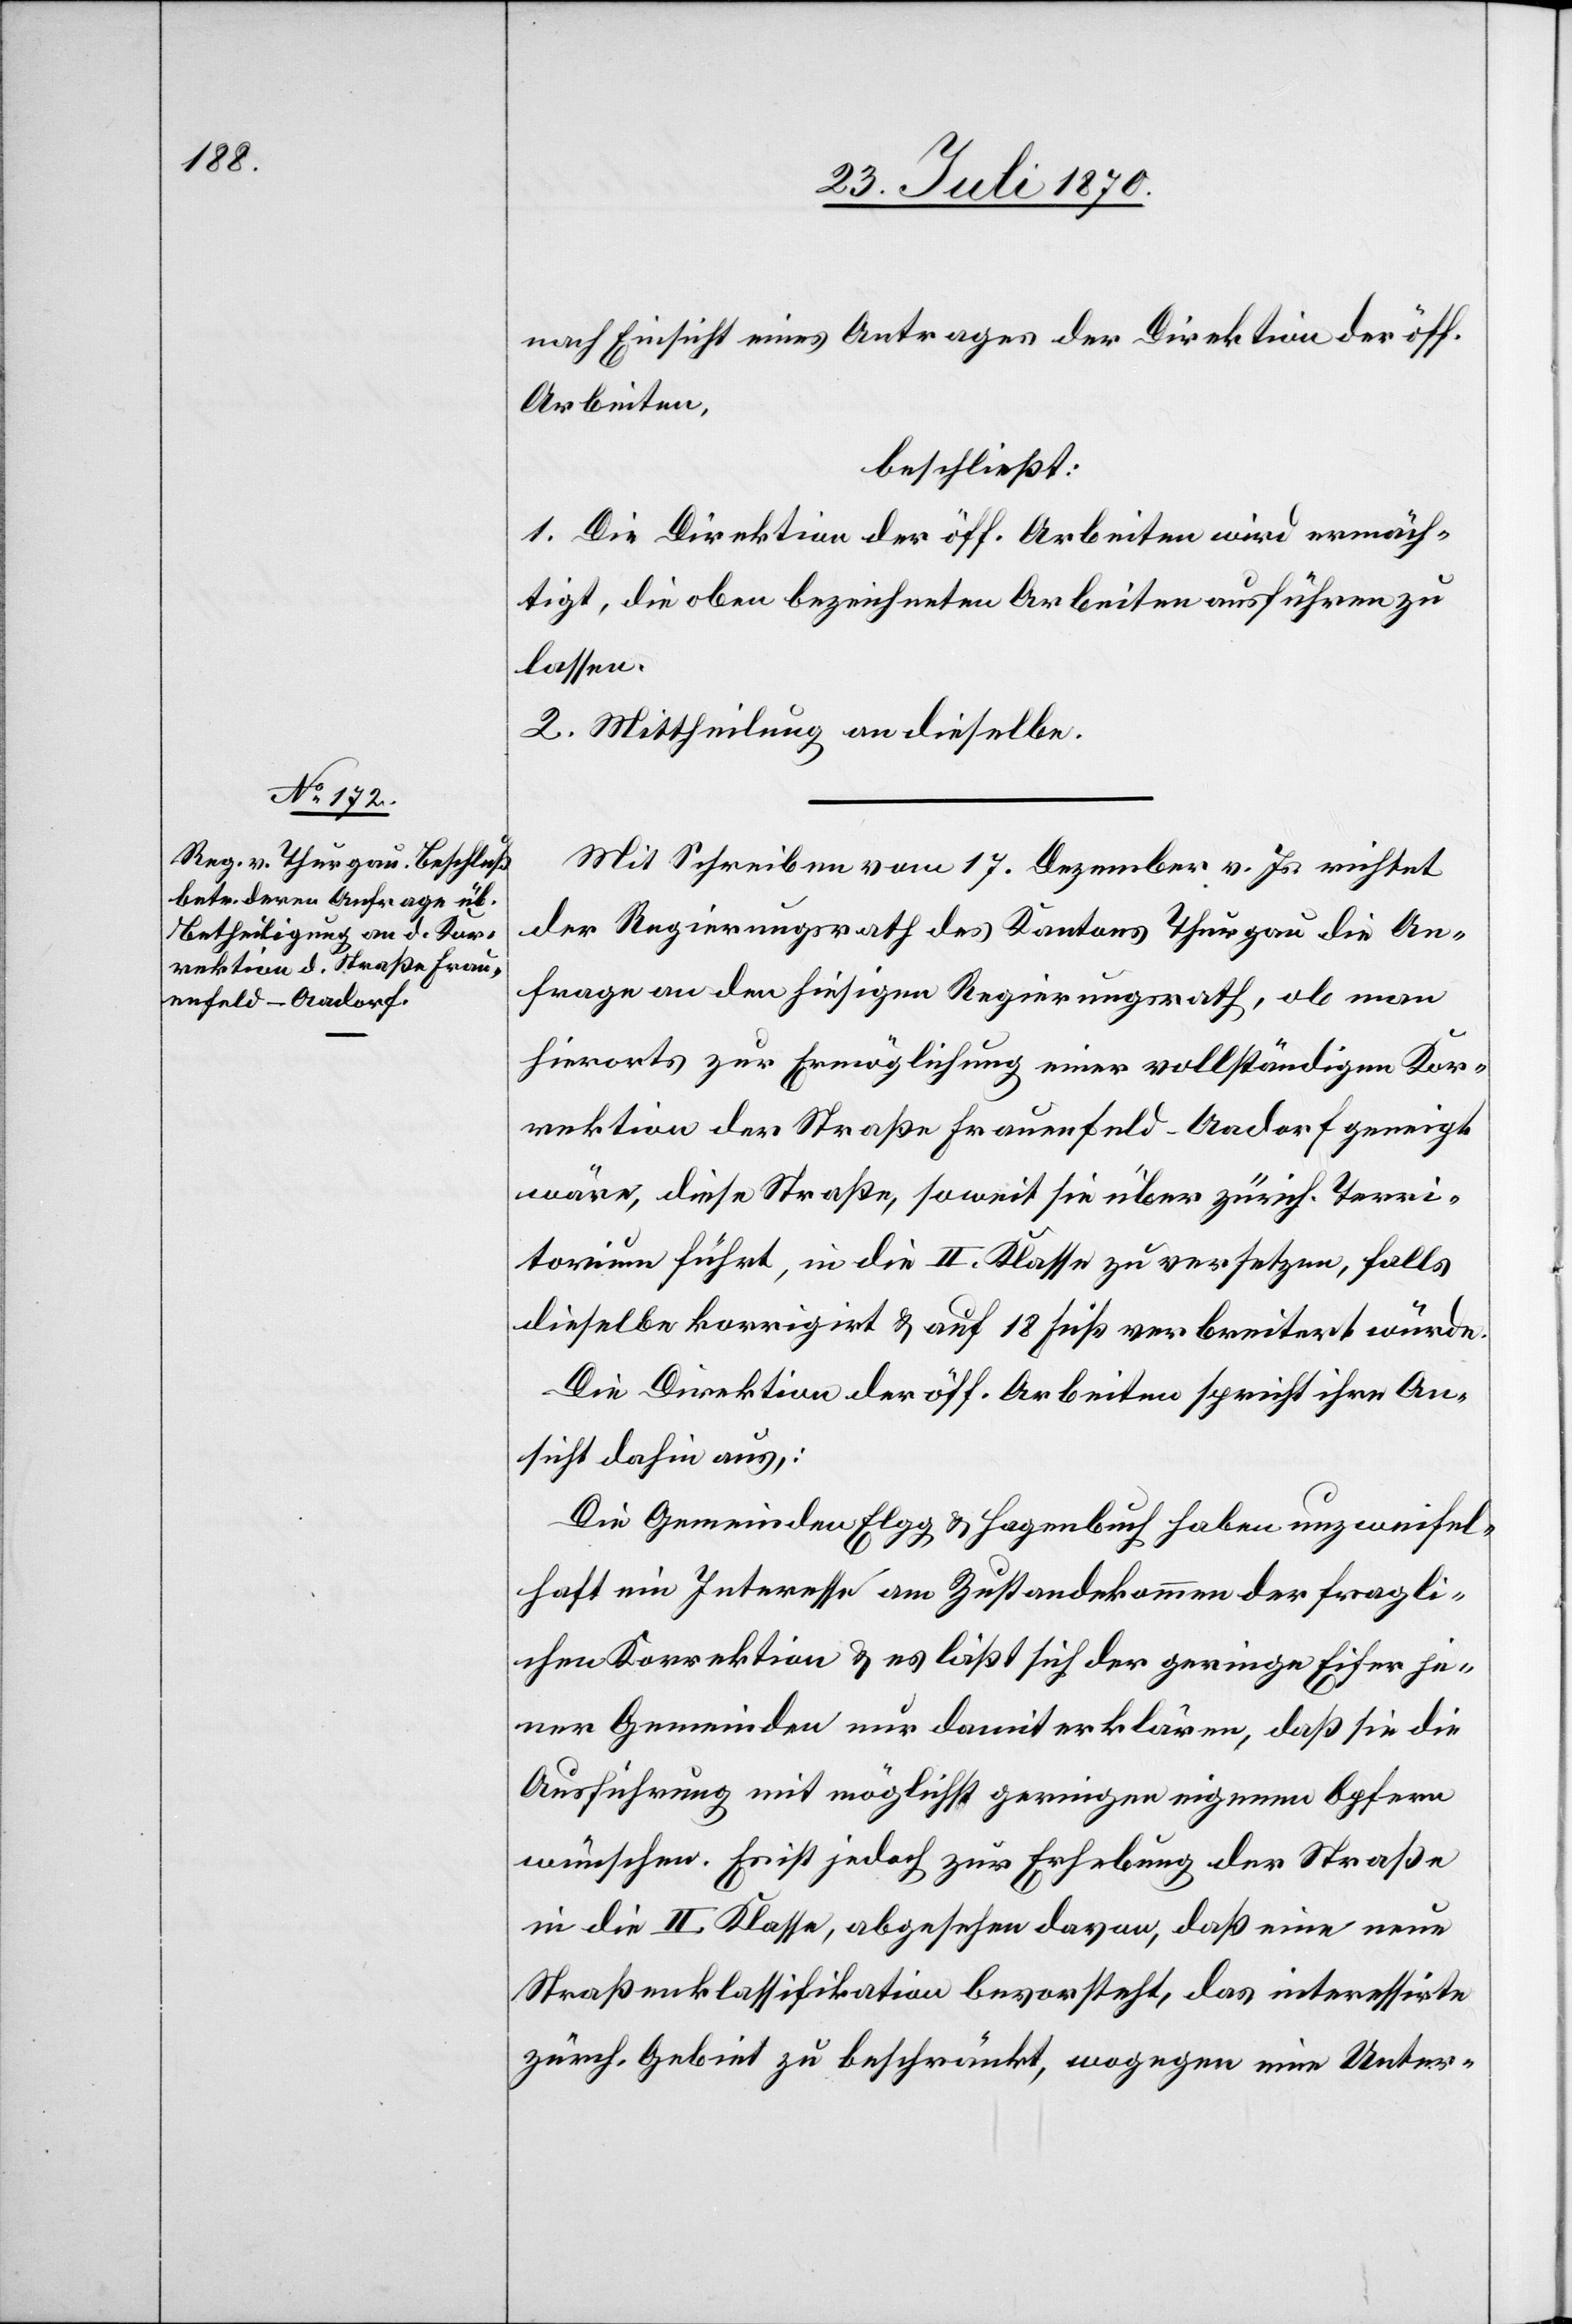
nach Einsicht eines Antrages der Direktion der öff.
Arbeiten,
beschließt:
1. Die Direktion der öff. Arbeiten wird ermäch¬
tigt, die oben bezeichneten Arbeiten ausführen zu
lassen.
2. Mittheilung an dieselbe.
Mit Schreiben vom 17. Dezember v. Js. richtet
der Regierungsrath des Kantons Thurgau die An¬
frage an den hiesigen Regierungsrath, ob man
hierorts zur Ermöglichung einer vollständigen Kor¬
rektion der Straße Frauenfeld–Aadorf geneigt
wäre, diese Straße, soweit sie über zürich. Terri¬
torium führt, in die II. Klasse zu versetzen, falls
dieselbe korrigirt & auf 18 Fuß verbreitert würde.
Die Direktion der öff. Arbeiten spricht ihre An¬
sicht dahin aus,:
Die Gemeinden Elgg & Hagenbuch haben unzweifel¬
haft ein Interesse am Zustandekommen der fragli¬
chen Korrektion & es läßt sich der geringe Eifer je¬
ner Gemeinden nur damit erklären, daß sie die
Ausführung mit möglichst geringen eigenen Opfern
wünschen. Es ist jedoch zur Erhebung der Straße
in die II. Klasse, abgesehen davon, daß eine neue
Straßenklassifikation bevorsteht, das interessirte
zürch. Gebiet zu beschränkt, wogegen eine Unter-